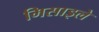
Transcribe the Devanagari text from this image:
मिसाइले